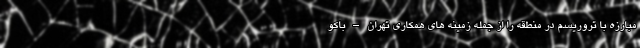
مبارزه با تروریسم در منطقه را از جمله زمینه های همکاری تهران – باکو